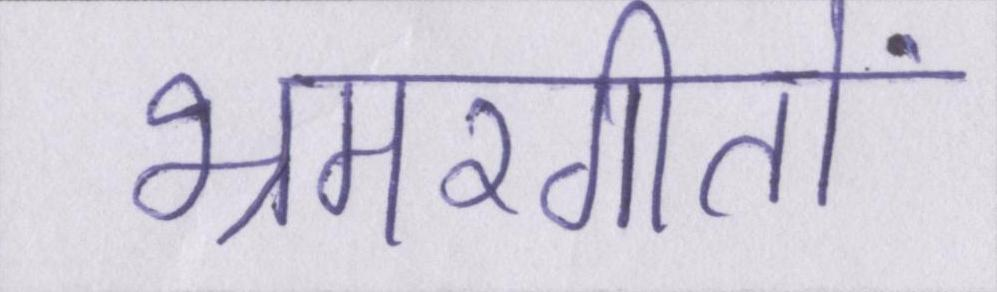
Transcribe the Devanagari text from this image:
भ्रमरगीतों